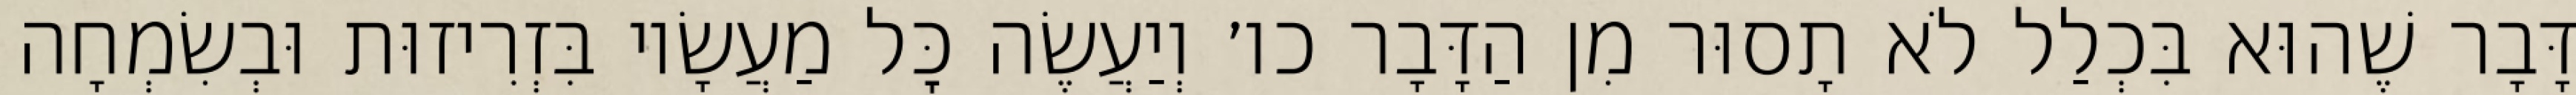
דָּבָר שֶׁהוּא בִּכְלַל לֹא תָסוּר מִן הַדָּבָר כו׳ וְיַעֲשֶׂה כׇּל מַעֲשָׂיו בִּזְרִיזוּת וּבְשִׂמְחָה